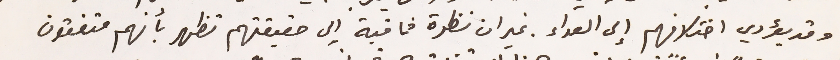
وقد يؤدي اختلافهم إلى العداء. غير ان نظرة ثاقبة الى حقيقتهم تظهر بأنهم متفقون